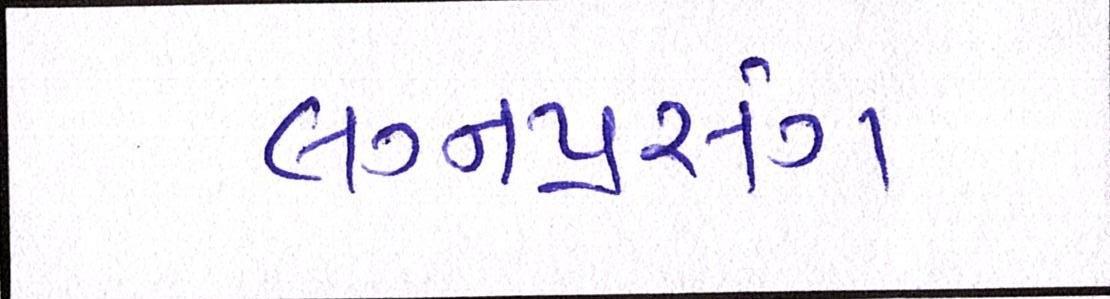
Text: લગ્નપ્રસંગ